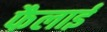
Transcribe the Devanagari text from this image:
फैलाईं